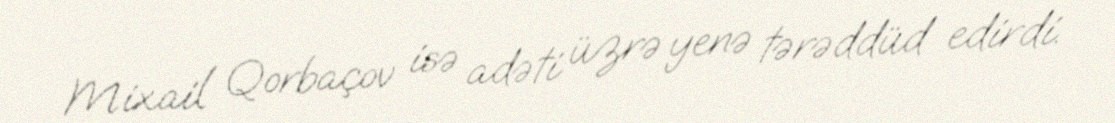
Mixail Qorbaçov isə adəti üzrə yenə tərəddüd edirdi.